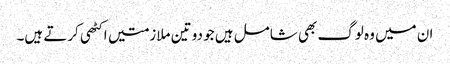
ان میں وہ لوگ بھی شامل ہیں جو دو تین ملازمتیں اکٹھی کرتے ہیں۔